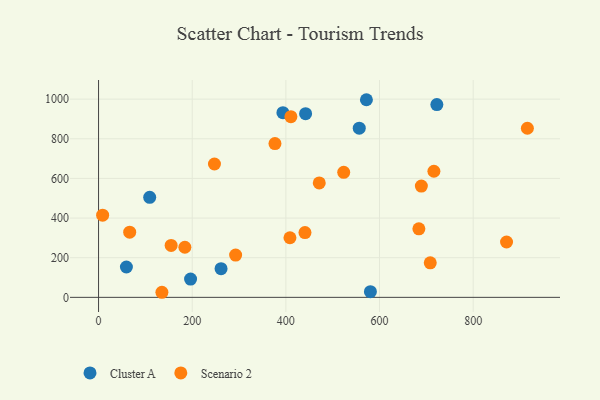
{"axis": {"x": "Study Hours", "y": "Yield"}, "legend": ["Cluster A", "Scenario 2"], "data": [{"x": "59.5", "y": 153.2, "type": "Cluster A"}, {"x": "580.5", "y": 28.7, "type": "Cluster A"}, {"x": "196.5", "y": 92.2, "type": "Cluster A"}, {"x": "261.6", "y": 144.6, "type": "Cluster A"}, {"x": "572.0", "y": 997.1, "type": "Cluster A"}, {"x": "109.2", "y": 504.5, "type": "Cluster A"}, {"x": "442.1", "y": 926.7, "type": "Cluster A"}, {"x": "393.7", "y": 931.6, "type": "Cluster A"}, {"x": "556.7", "y": 853.5, "type": "Cluster A"}, {"x": "722.4", "y": 972.7, "type": "Cluster A"}, {"x": "292.7", "y": 213.2, "type": "Scenario 2"}, {"x": "708.3", "y": 174.0, "type": "Scenario 2"}, {"x": "915.7", "y": 853.2, "type": "Scenario 2"}, {"x": "684.0", "y": 345.6, "type": "Scenario 2"}, {"x": "716.1", "y": 636.2, "type": "Scenario 2"}, {"x": "523.5", "y": 630.6, "type": "Scenario 2"}, {"x": "8.7", "y": 414.6, "type": "Scenario 2"}, {"x": "155.0", "y": 261.8, "type": "Scenario 2"}, {"x": "410.7", "y": 911.8, "type": "Scenario 2"}, {"x": "440.8", "y": 327.0, "type": "Scenario 2"}, {"x": "135.3", "y": 25.6, "type": "Scenario 2"}, {"x": "247.5", "y": 672.9, "type": "Scenario 2"}, {"x": "376.7", "y": 775.7, "type": "Scenario 2"}, {"x": "871.2", "y": 279.3, "type": "Scenario 2"}, {"x": "66.5", "y": 328.7, "type": "Scenario 2"}, {"x": "471.3", "y": 577.2, "type": "Scenario 2"}, {"x": "408.7", "y": 300.6, "type": "Scenario 2"}, {"x": "184.3", "y": 252.8, "type": "Scenario 2"}, {"x": "689.3", "y": 561.5, "type": "Scenario 2"}]}